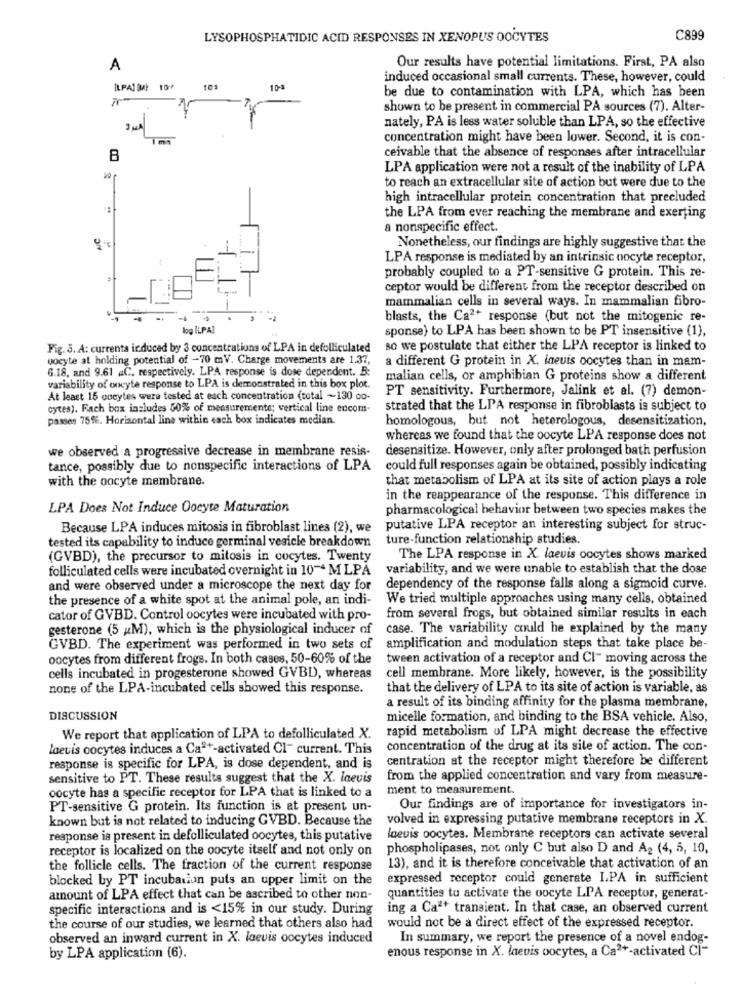
LYSOPHOSPHATIDIC ACID RESPONSES IN XENOPUS OOCYTES
C899
A
Our results have potential limitations. First, PA also
induced occasional small currents. These, however, could
ILPALOMA 10-7
109
10-3
be due to contamination with LPA, which has been
shown to be present in commercial PÅ sources (7). Alter-
nately, PA is less water soluble than LPA, so the effective
concentration might have been lower. Second, it is con-
ceivable that the absence of responses after intracellular
B
LPA application were not a result of the inability of LPA
to reach an extracellular site of action but were due to the
high intracellular protein concentration that precluded
the LPA from ever reaching the membrane and exerting
HC
a nonspecific effect.
Nonetheless, our findings are highly suggestive that the
LPA response is mediated by an intrinsic nocyte receptor,
probably coupled to a PT-sensitive G protein. This re-
ceptor would be different from the receptor described on
mammalian cells in several ways. In mammalian fibro-
blasts, the Ca2+ response (but not the mitogenic re-
log ILPA]
sponse) to LPA has been shown to be PT insensitive (1),
Fig. 3. A: currents ir duced by 3 concentrations of LPA in defolliculated
so we postulate that either the LPA receptor is linked to
oocyte at holding potential of -70 mV. Charge movements are 1.37,
a different G protein in X. ineuis oocytes than in mam-
6.18, and 9.61 aC, respectively. LPA response is dose dependent. B:
malian cells, or amphibian G proteins show a different
variability of oocyte response to LPA is demonstrated in this box plot.
PT sensitivity. Furthermore, Jalink et al. (7) demon-
At least 15 cocytes were tested at each concentration (total -130 oo-
cytes). Fach box includes 50% of measuremente; vertical line encom-
strated that the LIA response in fibroblasts is subject to
passes 75%. Horizontal line within each box indicates median.
homologous, but not heterologous, desensitization,
whereas we found that the oocyte LPA response does not
we observed a progressive decrease in membrane resis-
desensitize. However, only after prolonged bath perfusion
tance, possibly due to nonspecific interactions of LPA
could full responses again be obtained, possibly indicating
with the oocyte membrane.
that metabolism of LPA at its site of action plays a role
in the reappearance of the response. This difference in
LPA Does Not Induce Oocyte Maturation
pharmacological behavior between two species makes the
Because LPA induces mitosis in fibroblast lines (2), we
putative LPA receptor an interesting subject for struc-
tested its capability to induce germinal vesicle breakdown
ture-function relationship studies.
(GVBD), the precursor to mitosis in cocytes. Twenty
The LPA response in X. laevis oocytes shows marked
folliculated cells were incubated overnight in 10~4 M LPA
variability, and we were unable to establish that the dose
and were observed under a microscope the next day for
dependency of the response falls along a sigmoid curve.
the presence of a white spot at the animal pole, an indi-
We tried multiple approaches using many cells, obtained
cator of GVBD. Control oocytes were incubated with pro-
from several frogs, but obtained similar results in each
gesterone (5 M), which is the physiological inducer of
case. The variability could he explained by the many
GVBD. The experiment was performed in two sets of
amplification and modulation steps that take place be-
oocytes from different frogs. In both cases, 50-60% of the
tween activation of a receptor and Cl- moving across the
cells incubated in progesterone showed GVBD, whereas
cell membrane. More likely, however, is the possibility
none of the LPA-incubated cells showed this response.
that the delivery of LPA to its site of action is variable, as
a result of its binding affinity for the plasma membrane,
DISCUSSION
micelle formation, and binding to the BSA vehicle. Also,
rapid metabolism of LPA might decrease the effective
We report that application of LPA to defolliculated X.
laevis cocytes induces a Ca2+-activated Cl- current. This
concentration of the drug at its site of action. The con-
centration at the receptor might therefore be different
response is specific for LPA, is dose dependent, and is
sensitive to PT. These results suggest that the X. laevis
from the applied concentration and vary from measure-
oocyte has a specific receptor for LPA that is linked to a
ment to measurement.
PT-sensitive G protein. Its function is at present un-
Our findings are of importance for investigators in-
known but is not related to inducing GVBD. Because the
volved in expressing putative membrane receptors in X.
response is present in defolliculated oocytes, this putative
laevis oocytes. Membrane receptors can activate several
receptor is localized on the oocyte itself and not only on
phospholipases, not only C but also D and A2 (4, 5, 10,
the follicle cells. The fraction of the current response
13), and it is therefore conceivable that activation of an
blocked by PT incubation puts an upper limit on the
expressed receptor could generate I.PA in sufficient
amount of LPA effect that can be ascribed to other non-
quantities to activate the oocyte LPA receptor, generat-
specific interactions and is <15% in our study. During
ing a Ca"+ transient. In that case, an observed current
the course of our studies, we learned that others also had
would not be a direct effect of the expressed receptor.
observed an inward current in X. laevis oocytes induced
In summary, we report the presence of a novel endog-
enous response in X. levis oocytes, a Ca2+-activated CI-
by LPA application (6).